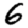
Digit: 6